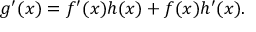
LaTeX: g ^ { \prime } ( x ) = f ^ { \prime } ( x ) h ( x ) + f ( x ) h ^ { \prime } ( x ) .